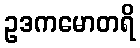
ဥဒကမောတရိ